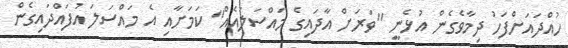
ހުއްދައަށްފަހު ދިމާވެގެން އުޅެނީ "ވަރަށް އާދައިގެ މައްސަލައެއް" ކަމަށާއި އެ މައްސަލަ އުފައްދައިގެން